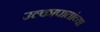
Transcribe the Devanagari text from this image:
उल्कापातांच्या